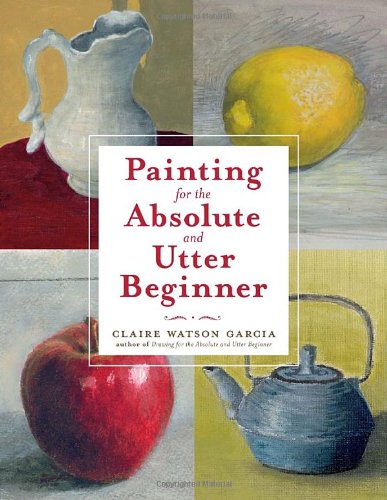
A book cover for Painting for the Absolute and Utter Beginner; Claire Watson Garcia; Arts & Photography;